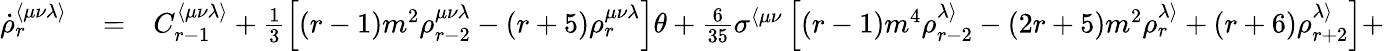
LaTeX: \begin{array}{rlr}{\dot{\rho}_{r}^{\langle\mu\nu\lambda\rangle}}&{{}=}&{C_{r-1}^{\langle\mu\nu\lambda\rangle}+\frac{1}{3}\left[(r-1)m^{2}\rho_{r-2}^{\mu\nu\lambda}-(r+5)\rho_{r}^{\mu\nu\lambda}\right]\theta+\frac{6}{35}\sigma^{\langle\mu\nu}\left[(r-1)m^{4}\rho_{r-2}^{\lambda\rangle}-(2r+5)m^{2}\rho_{r}^{\lambda\rangle}+(r+6)\rho_{r+2}^{\lambda\rangle}\right]+}\end{array}